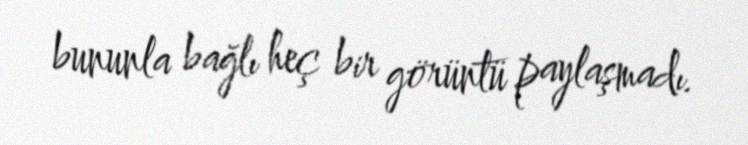
bununla bağlı heç bir görüntü paylaşmadı.